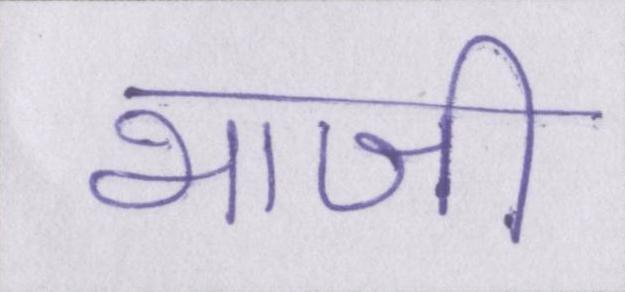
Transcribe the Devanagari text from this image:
भाजी